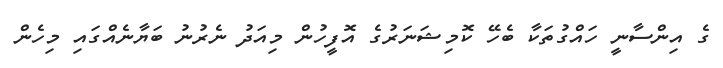
ގެ އިންސާނީ ހައްގުތަކާ ބެހޭ ކޮމިޝަނަރުގެ އޮފީހުން މިއަދު ނެރުނު ބަޔާނެއްގައި މިހެން